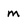
Character: m